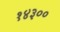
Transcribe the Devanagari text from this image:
१४३००